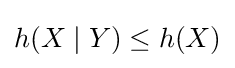
h(X\mid Y)\leq h(X)